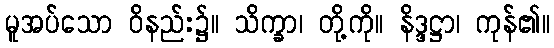
မူအပ်သော ဝိနည်း၌။ သိက္ခာ၊ တို့ကို။ နိဒ္ဒဋ္ဌာ၊ ကုန်၏။